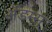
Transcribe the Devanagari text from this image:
ॲडम्स्